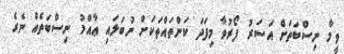
ވީމާ ނިސްބަތަށް އަސަރު ފޯރުވާ މިފަދަ ކަންތައްތަކަށް ނުބަލައި ޢާއްމު ނިސްބަތެއް ނެރެ